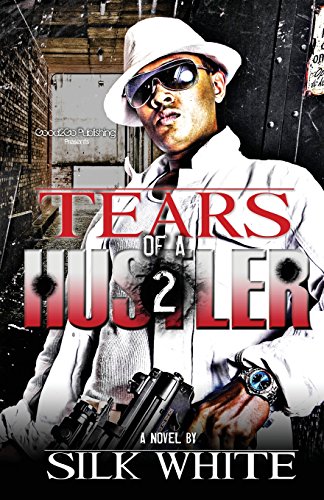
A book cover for Tears Of A Hustler 2; Silk White; Literature & Fiction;